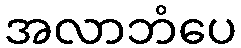
အလာဘံပေ